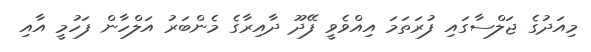
މިއަދުގެ ޖަލްސާގައި ފުރަތަމަ އިއްވެވީ ފޭދޫ ދާއިރާގެ މެންބަރު އަލްހާން ފަހުމީ އާއި